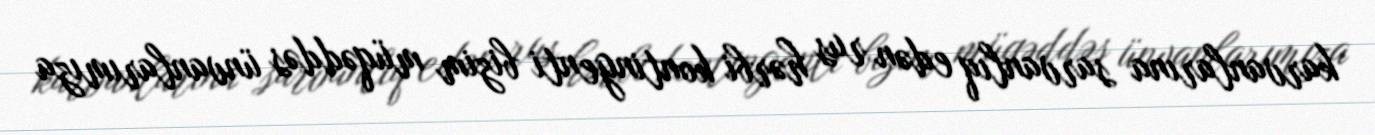
karvanlarına sarvanlıq edən rus hərbi kontingenti bizim müqəddəs ünvanlarımıza